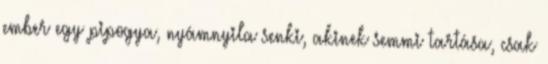
ember egy pipogya, nyámnyila senki, akinek semmi tartása, csak